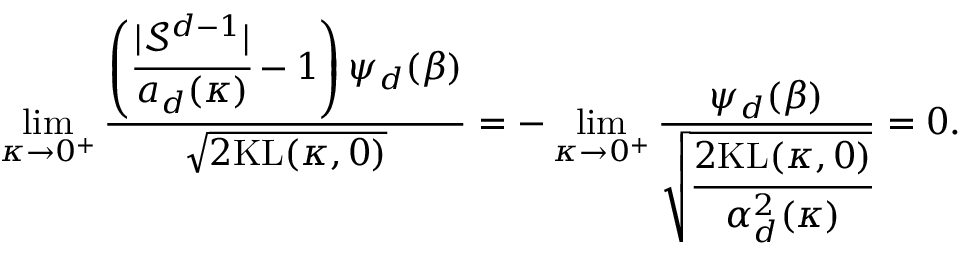
\operatorname* { l i m } _ { \kappa \rightarrow 0 ^ { + } } \frac { \left( \cfrac { | \mathcal { S } ^ { d - 1 } | } { a _ { d } ( \kappa ) } - 1 \right) \psi _ { d } ( \beta ) } { \sqrt { 2 \mathrm { K L } ( \kappa , 0 ) } } = - \operatorname* { l i m } _ { \kappa \rightarrow 0 ^ { + } } \frac { \psi _ { d } ( \beta ) } { \sqrt { \cfrac { 2 \mathrm { K L } ( \kappa , 0 ) } { \alpha _ { d } ^ { 2 } ( \kappa ) } } } = 0 .